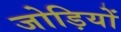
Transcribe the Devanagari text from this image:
जोड़ियों